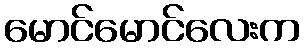
မောင်မောင်လေးက